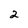
Character: 2